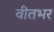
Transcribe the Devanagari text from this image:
वीतभर